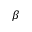
\beta